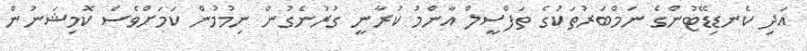
އަދި ކެނޑިޑޭޓުންގެ ނަމްބަރުތަކުގެ ތަފްސީލް އާންމު ކުރާނީ ގުރުނެގުން ނިމުމުން ކަމަށްވެސް ކޮމިޝަނުން